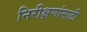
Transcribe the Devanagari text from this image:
निरीक्षणांसाठी